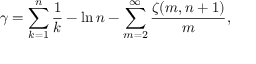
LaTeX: \gamma = \sum _ { k = 1 } ^ { n } { \frac { 1 } { k } } - \ln n - \sum _ { m = 2 } ^ { \infty } { \frac { \zeta ( m , n + 1 ) } { m } } ,